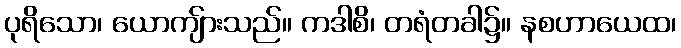
ပုရိသော၊ ယောကျ်ားသည်။ ကဒါစိ၊ တရံတခါ၌။ နစဟာယေထ၊